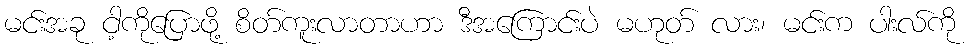
မင်းအခု ငါ့ကိုပြောဖို့ စိတ်ကူးလာတာဟာ ဒီအကြောင်းပဲ မဟုတ် လား၊ မင်းက ပါးလ်ကို